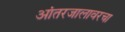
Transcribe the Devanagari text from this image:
आंतरजालावरचा